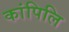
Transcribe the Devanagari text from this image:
कांपिलि